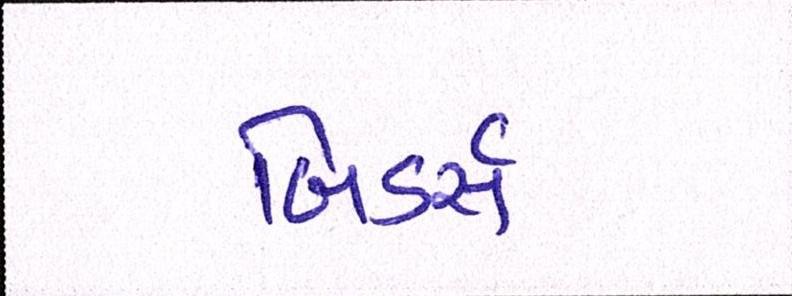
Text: બિડર્સ